65_HS1-834228961_62-HQ-83894_Section_9
Agency: FBI
Page 174
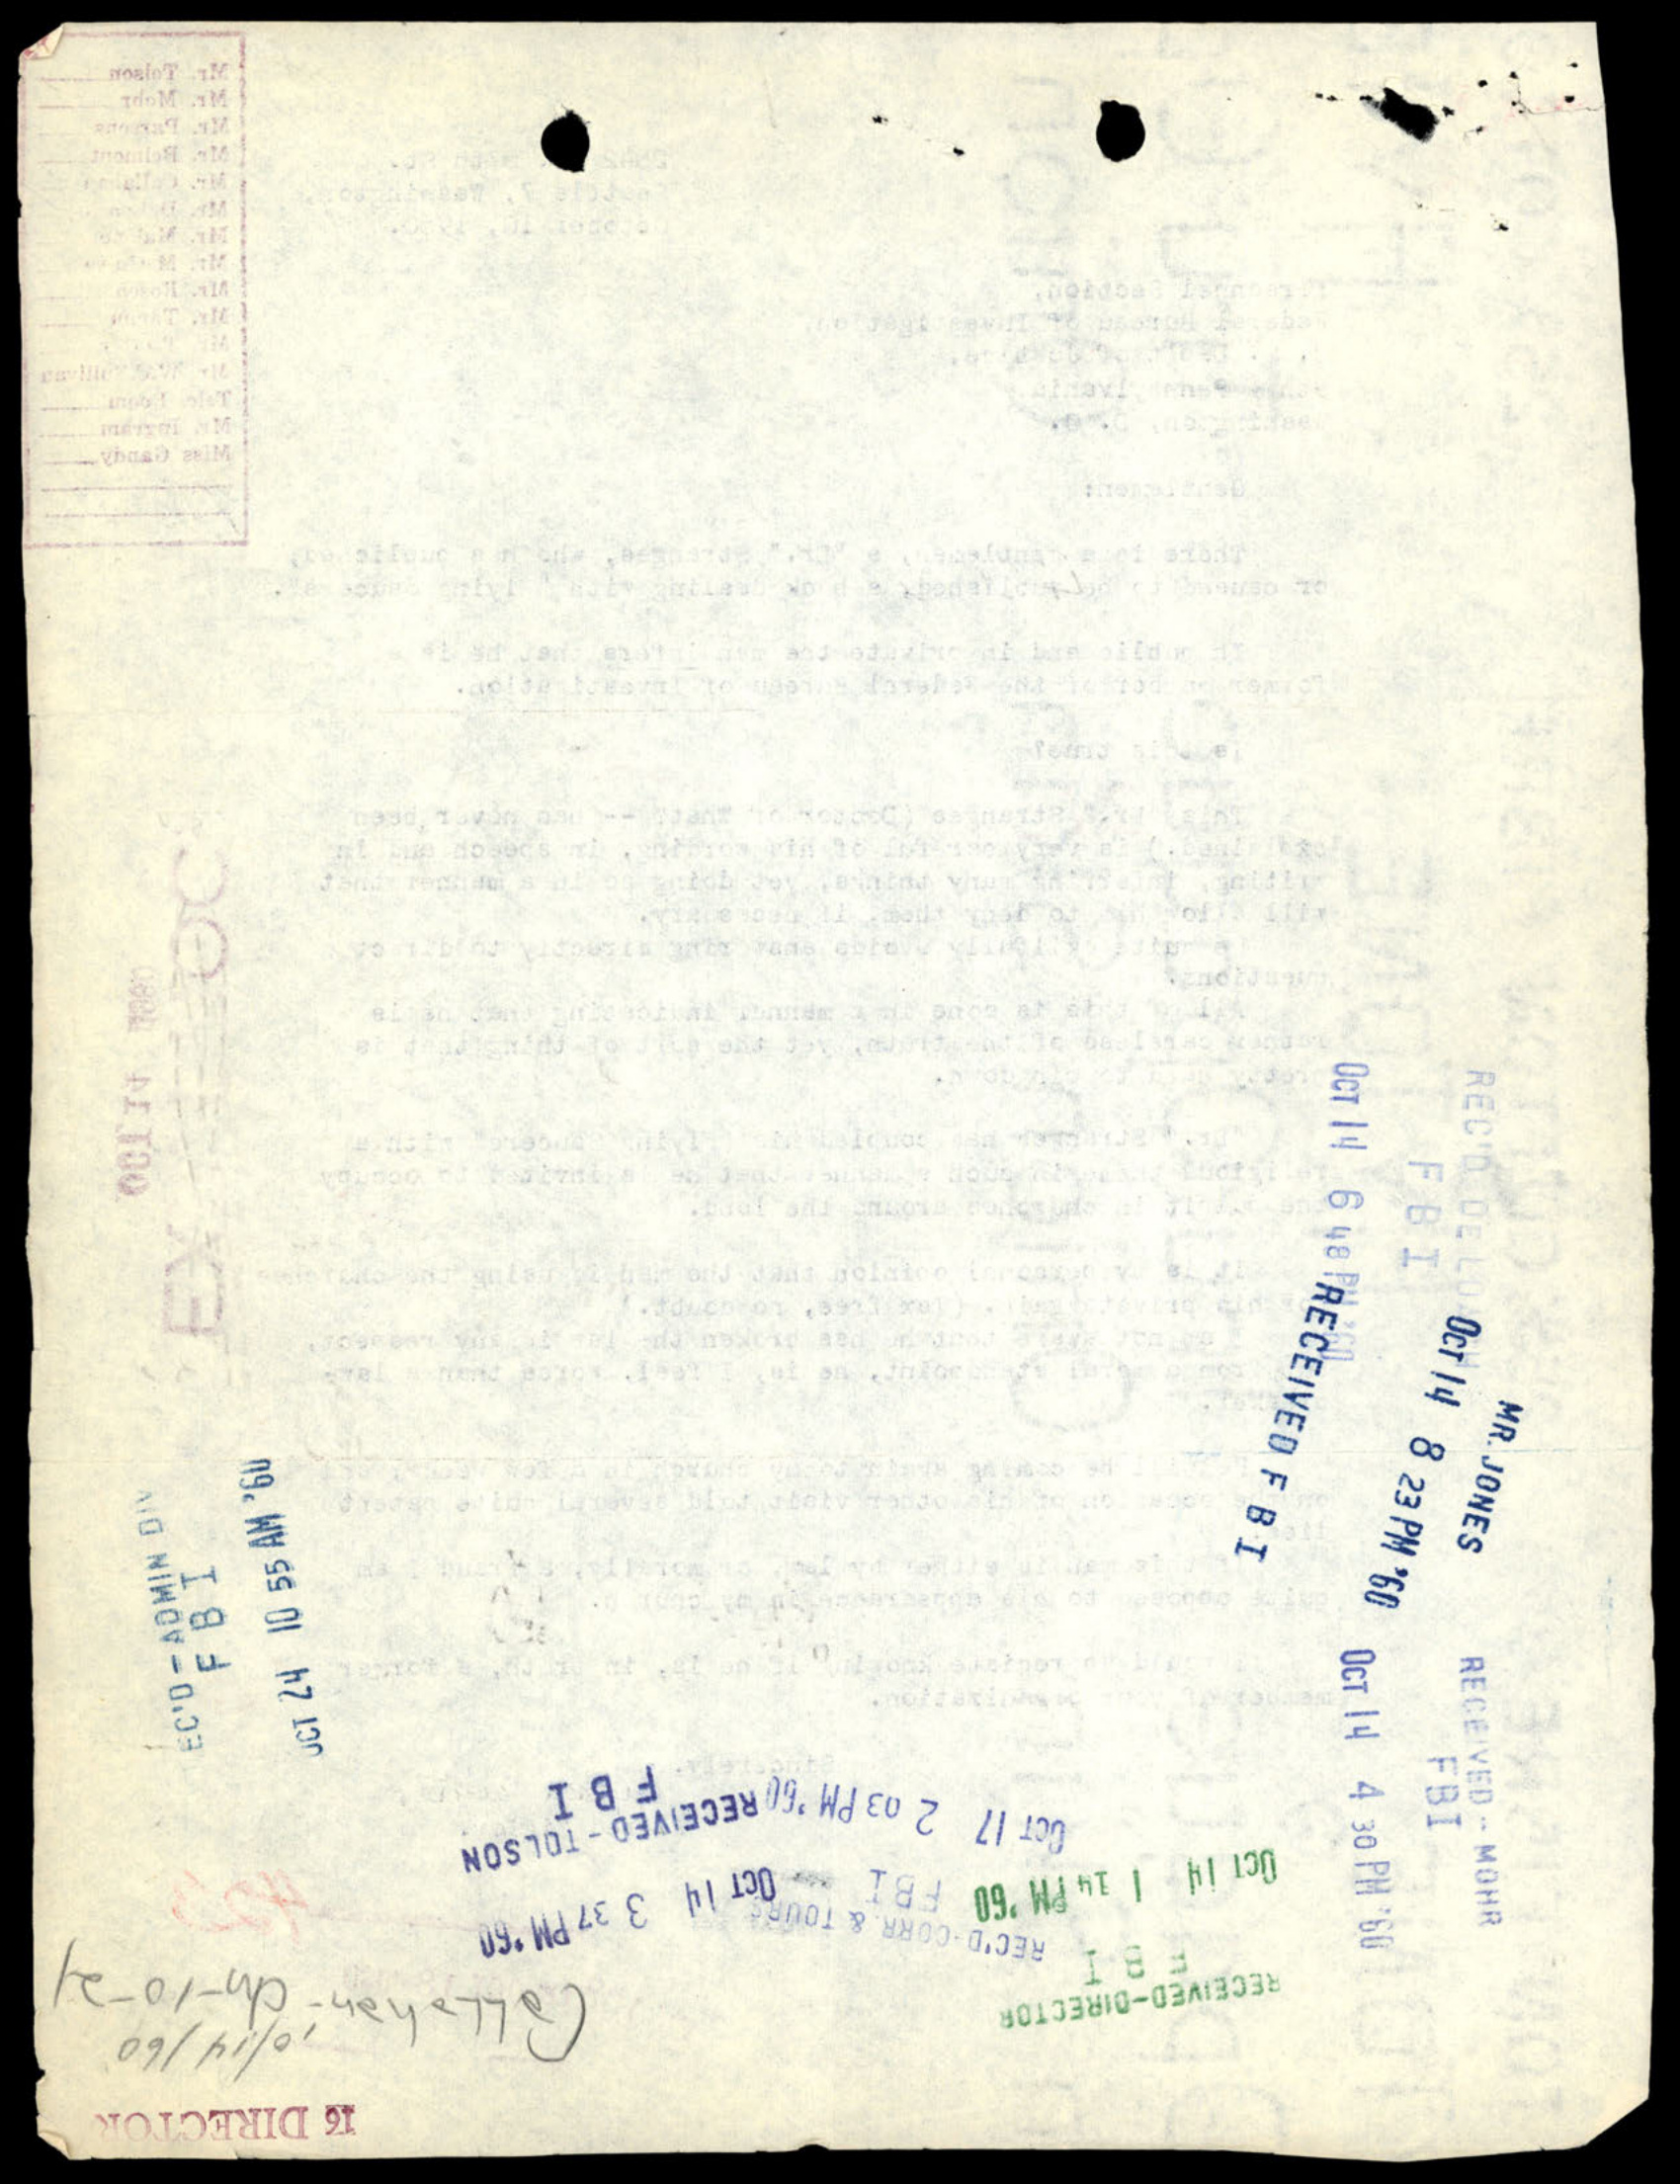